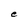
Character: e